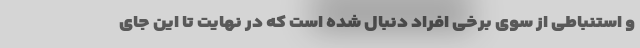
و استنباطی از سوی برخی افراد دنبال شده است که در نهایت تا این جای